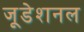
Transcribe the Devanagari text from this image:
जूडेशनल